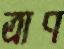
ত্রাণ